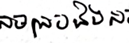
សមស្របនឹង